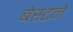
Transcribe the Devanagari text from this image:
बेस्टने